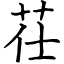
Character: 茌